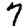
Digit: 7